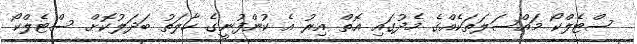
ސްޓެލްކޯ މައްސަލަތަކެއްގެ މެދުގައި އޮތް އިރު އެ ކުންފުނީގެ ހާލަތު ބަދަލުކޮށް ސްޓެލްކޯ